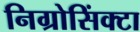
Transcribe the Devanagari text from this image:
निग्रोसिंक्टा